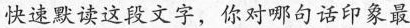
快速默读这段文字，你对哪句话印象最